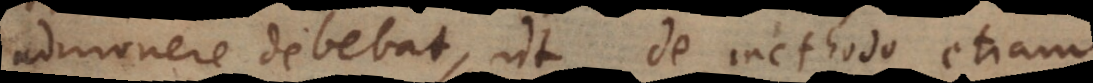
admonere debebat, ut de methodo etiam